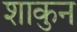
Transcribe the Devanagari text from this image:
शाकुन